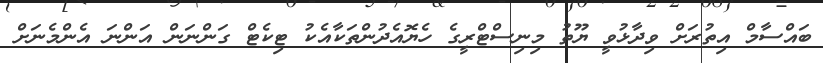
ބައްސާމް އިތުރަށް ވިދާޅުވީ ޔޫތު މިނިސްޓްރީގެ ހެޔޮއެދުންތަކާއެކު ޓިކެޓް ގަންނަން އަންނަ އެންމެނަށް